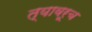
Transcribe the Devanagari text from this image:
त्यावरूच